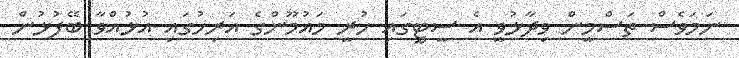
ނަމަވެސް ތަސްމީން ވިދާޅުވީ އެ ސީޓީގައި ހުރީ މައުމޫންގެ އަރިހުގައި އުޅުއްވާ ބޭފުޅުން